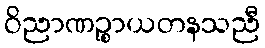
ဝိညာဏဉ္စာယတနသညီ